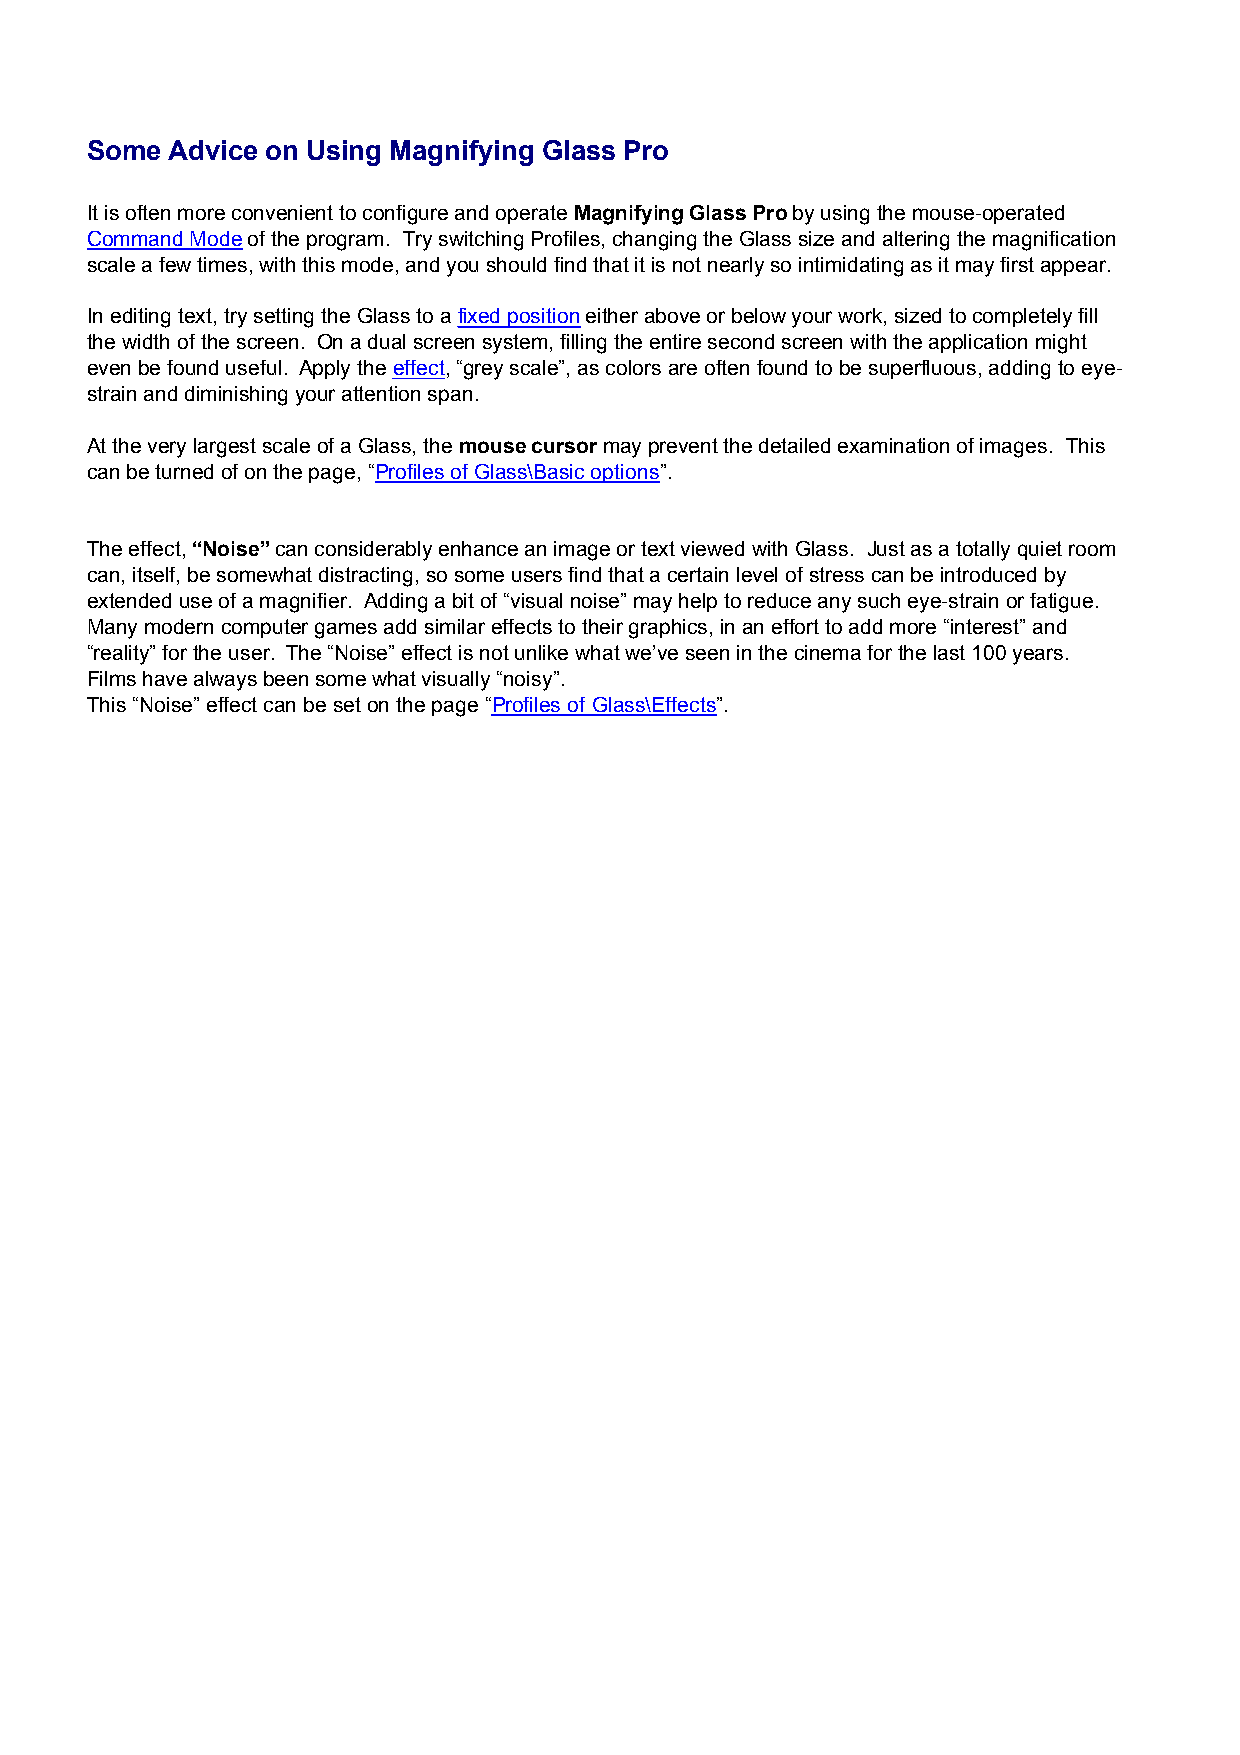
Some Advice on Using Magnifying Glass Pro
 It is often more convenient to configure and operate Magnifying Glass Pro by using the mouse-operated
 Command Mode of the program. Try switching Profiles, changing the Glass size and altering the magnification
 scale a few times, with this mode, and you should find that it is not nearly so intimidating as it may first appear.
 In editing text, try setting the Glass to a fixed position either above or below your work, sized to completely fill
 the width of the screen. On a dual screen system, filling the entire second screen with the application might
 even be found useful. Apply the effect, “grey scale”, as colors are often found to be superfluous, adding to eye-
 strain and diminishing your attention span.
 At the very largest scale of a Glass, the mouse cursor may prevent the detailed examination of images. This
 can be turned of on the page, “Profiles of Glass\Basic options”.
 The effect, “Noise” can considerably enhance an image or text viewed with Glass. Just as a totally quiet room
 can, itself, be somewhat distracting, so some users find that a certain level of stress can be introduced by
 extended use of a magnifier. Adding a bit of “visual noise” may help to reduce any such eye-strain or fatigue.
 Many modern computer games add similar effects to their graphics, in an effort to add more “interest” and
 “reality” for the user. The “Noise” effect is not unlike what we’ve seen in the cinema for the last 100 years.
 Films have always been some what visually “noisy”.
 This “Noise” effect can be set on the page “Profiles of Glass\Effects”.